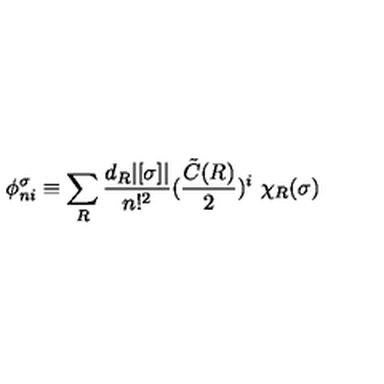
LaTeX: \phi _ { n i } ^ { \sigma } \equiv \sum _ { R } \frac { d _ { R } | [ \sigma ] | } { n ! ^ { 2 } } ( \frac { { \tilde { C } } ( R ) } { 2 } ) ^ { i } \ \chi _ { R } ( \sigma )